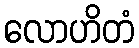
လောဟိတံ